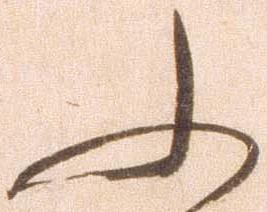
ふ